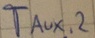
Text: T,Aux,2